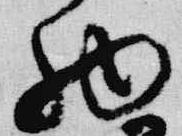
物